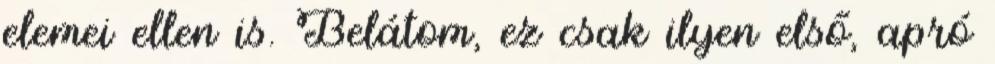
elemei ellen is. Belátom, ez csak ilyen első, apró